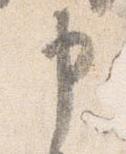
申